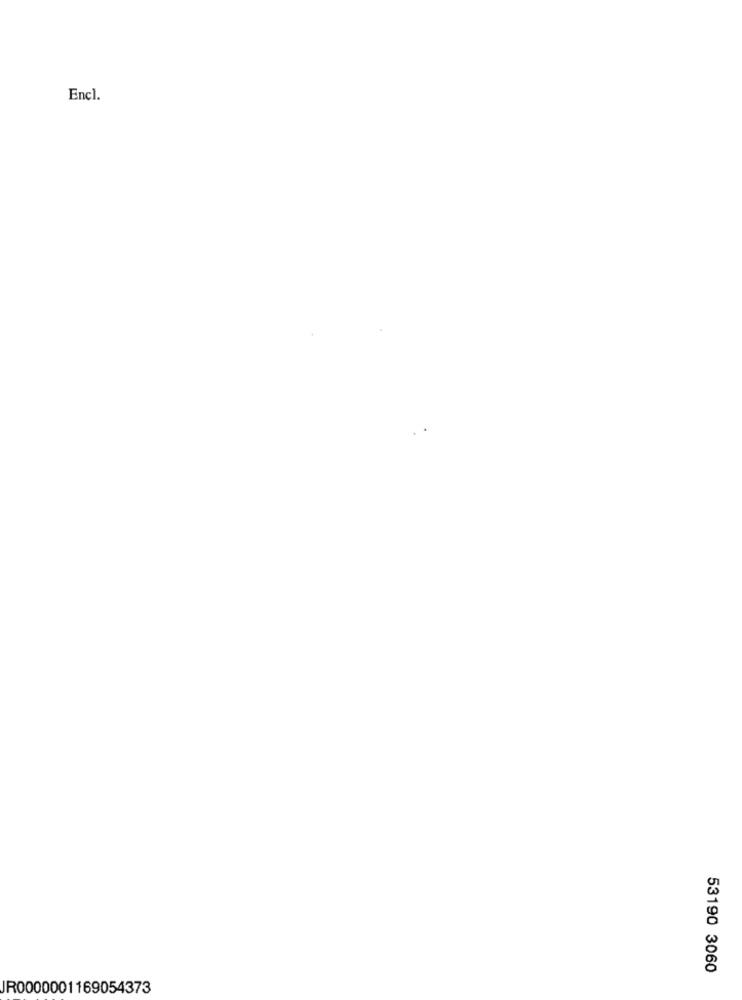
Encl.
53190 3060
JR0000001169054373